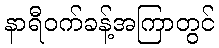
နာရီဝက်ခန့်အကြာတွင်